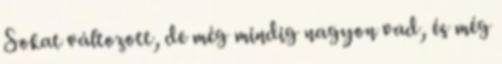
Sokat változott, de még mindig nagyon vad, és még